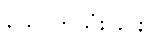
သောက်သုံးခြင်း